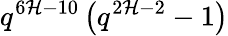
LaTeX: q^{6\mathcal{H}-10}\left(q^{2\mathcal{H}-2}-1\right)